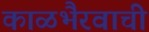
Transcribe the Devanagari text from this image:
काळभैरवाची